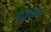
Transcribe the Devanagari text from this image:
शहिन्शाह